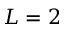
L = 2